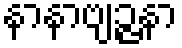
နာနာဗျဉ္ဇနာ